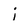
Character: j